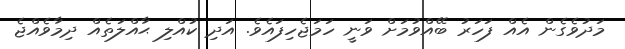
މަދުވެގެން އެއް ފަހަރު ބޭއްވުމަށް ވަނީ ހަމަޖެހިފައެވެ. އަދި ކުއްލި ޙާއްލަތެއް ދިމާވެއްޖެ